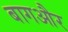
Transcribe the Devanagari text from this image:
बागऔर